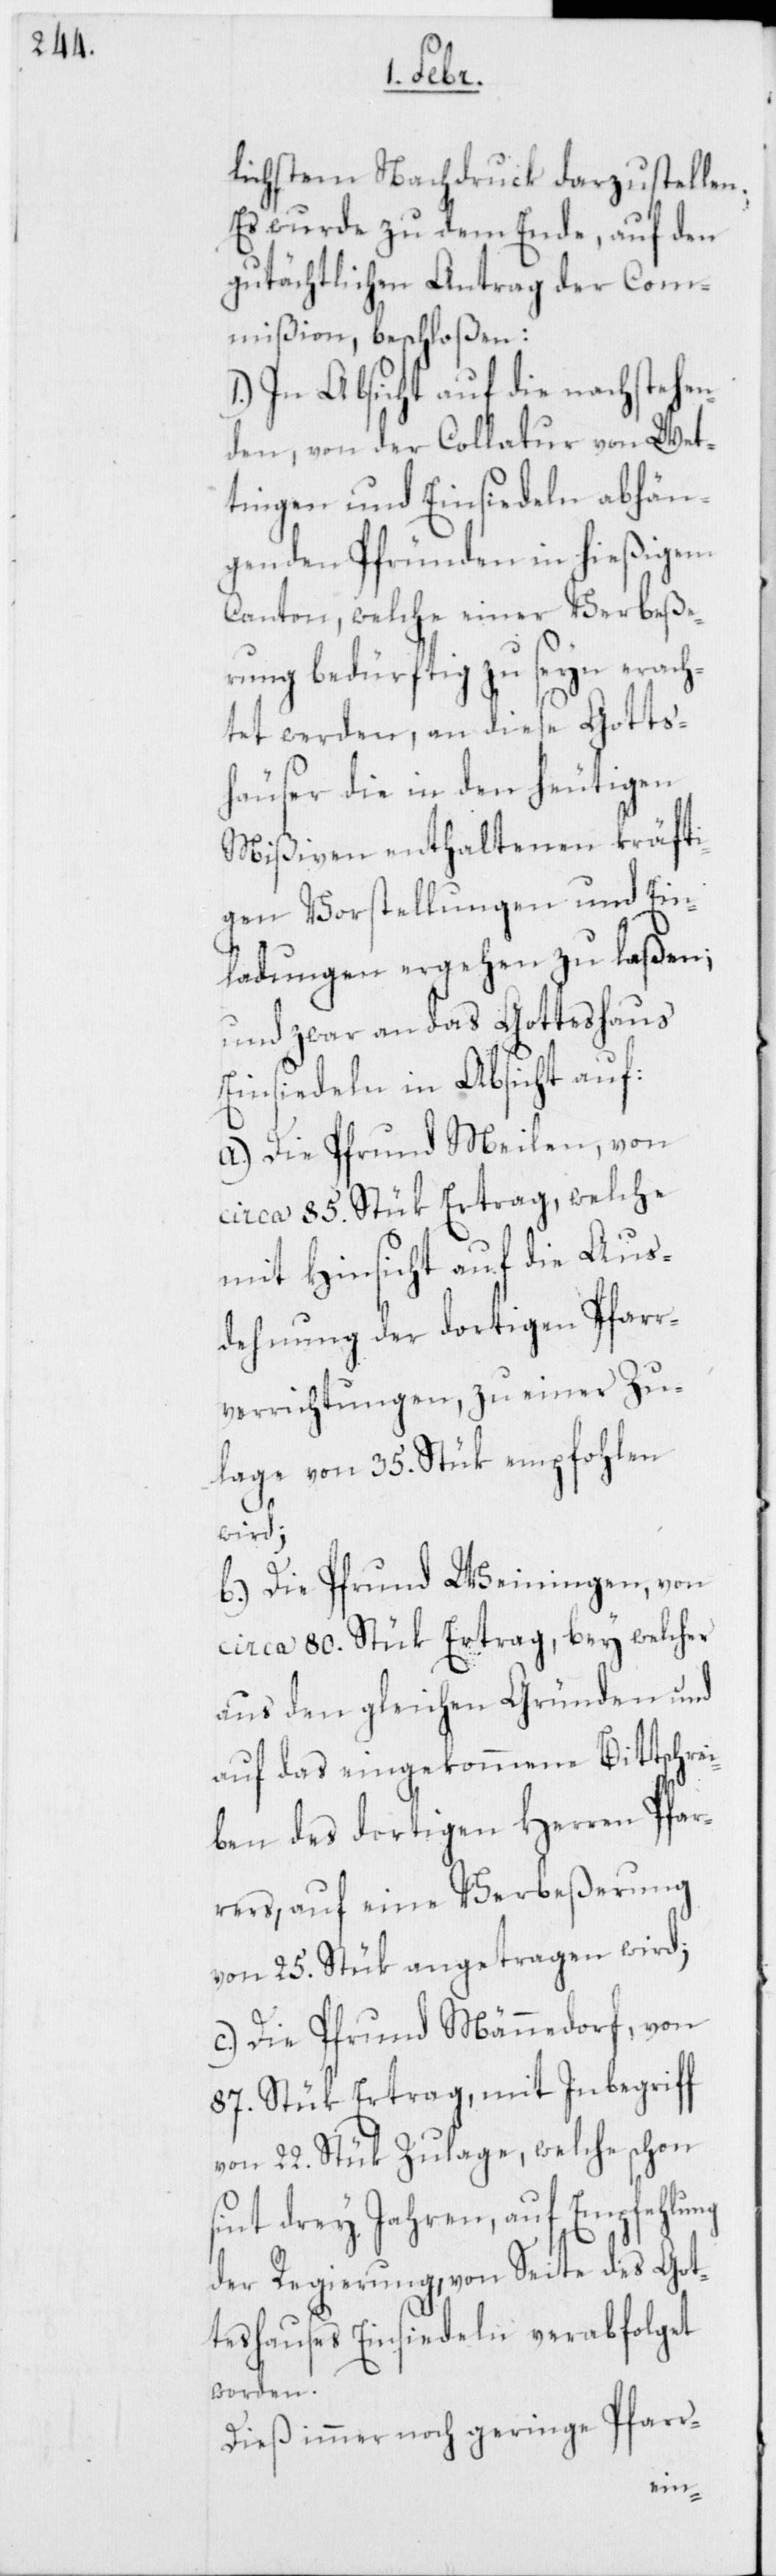
lichstem Nachdruck darzustellen.
Es wurde zu dem Ende, auf den
gutächtlichen Antrag der Com¬
mißion, beschloßen:
1.) In Absicht auf die nachstehen¬
den, von der Collatur von Wet¬
tingen und Einsiedeln abhän¬
genden Pfründen in hießigem
Canton, welche einer Verbeße¬
rung bedürftig zu seyn erach¬
tet werden, an diese Gottsh¬
äuser die in den heutigen
Mißiven enthaltenen kräfti¬
gen Vorstellungen und Ein¬
ladungen ergehen zu laßen;
und zwar an das Gotteshaus
Einsiedeln in Absicht auf:
a) Die Pfrund Meilen, von
circa 85. Stück Ertrag, welche
mit Hinsicht auf die Aus¬
dehnung der dortigen Pfarr¬
verrichtungen, zu einer Zu¬
lage von 35. Stük empfohlen
wird;
b) Die Pfrund Weiningen, von
circa 80. Stük Ertrag, bey welcher
aus den gleichen Gründen und
auf das eingekommene Bittschrei¬
ben des dortigen Herren Pfar¬
rers, auf eine Verbeßerung
von 25. Stük angetragen wird;
c) Die Pfrund Männedorf, von
87. Stük Ertrag, mit Inbegriff
von 22. Stük Zulage, welche schon
sint drey Jahren, auf Empfehlung
der Regierung, von Seite des Got¬
teshauses Einsiedeln verabfolget
worden.
Dieß immer noch geringe Pfarr-